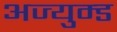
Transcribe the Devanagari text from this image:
अज्युम्ड